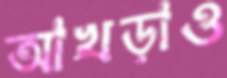
আখড়াও